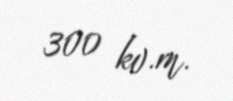
300 kv.m.